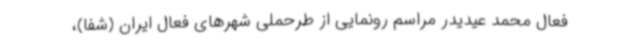
فعال محمد عیدیدر مراسم رونمایی از طرحملی شهرهای فعال ایران (شفا)،